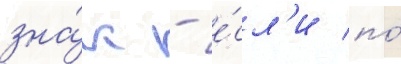
зна́к - е́сл'и по́